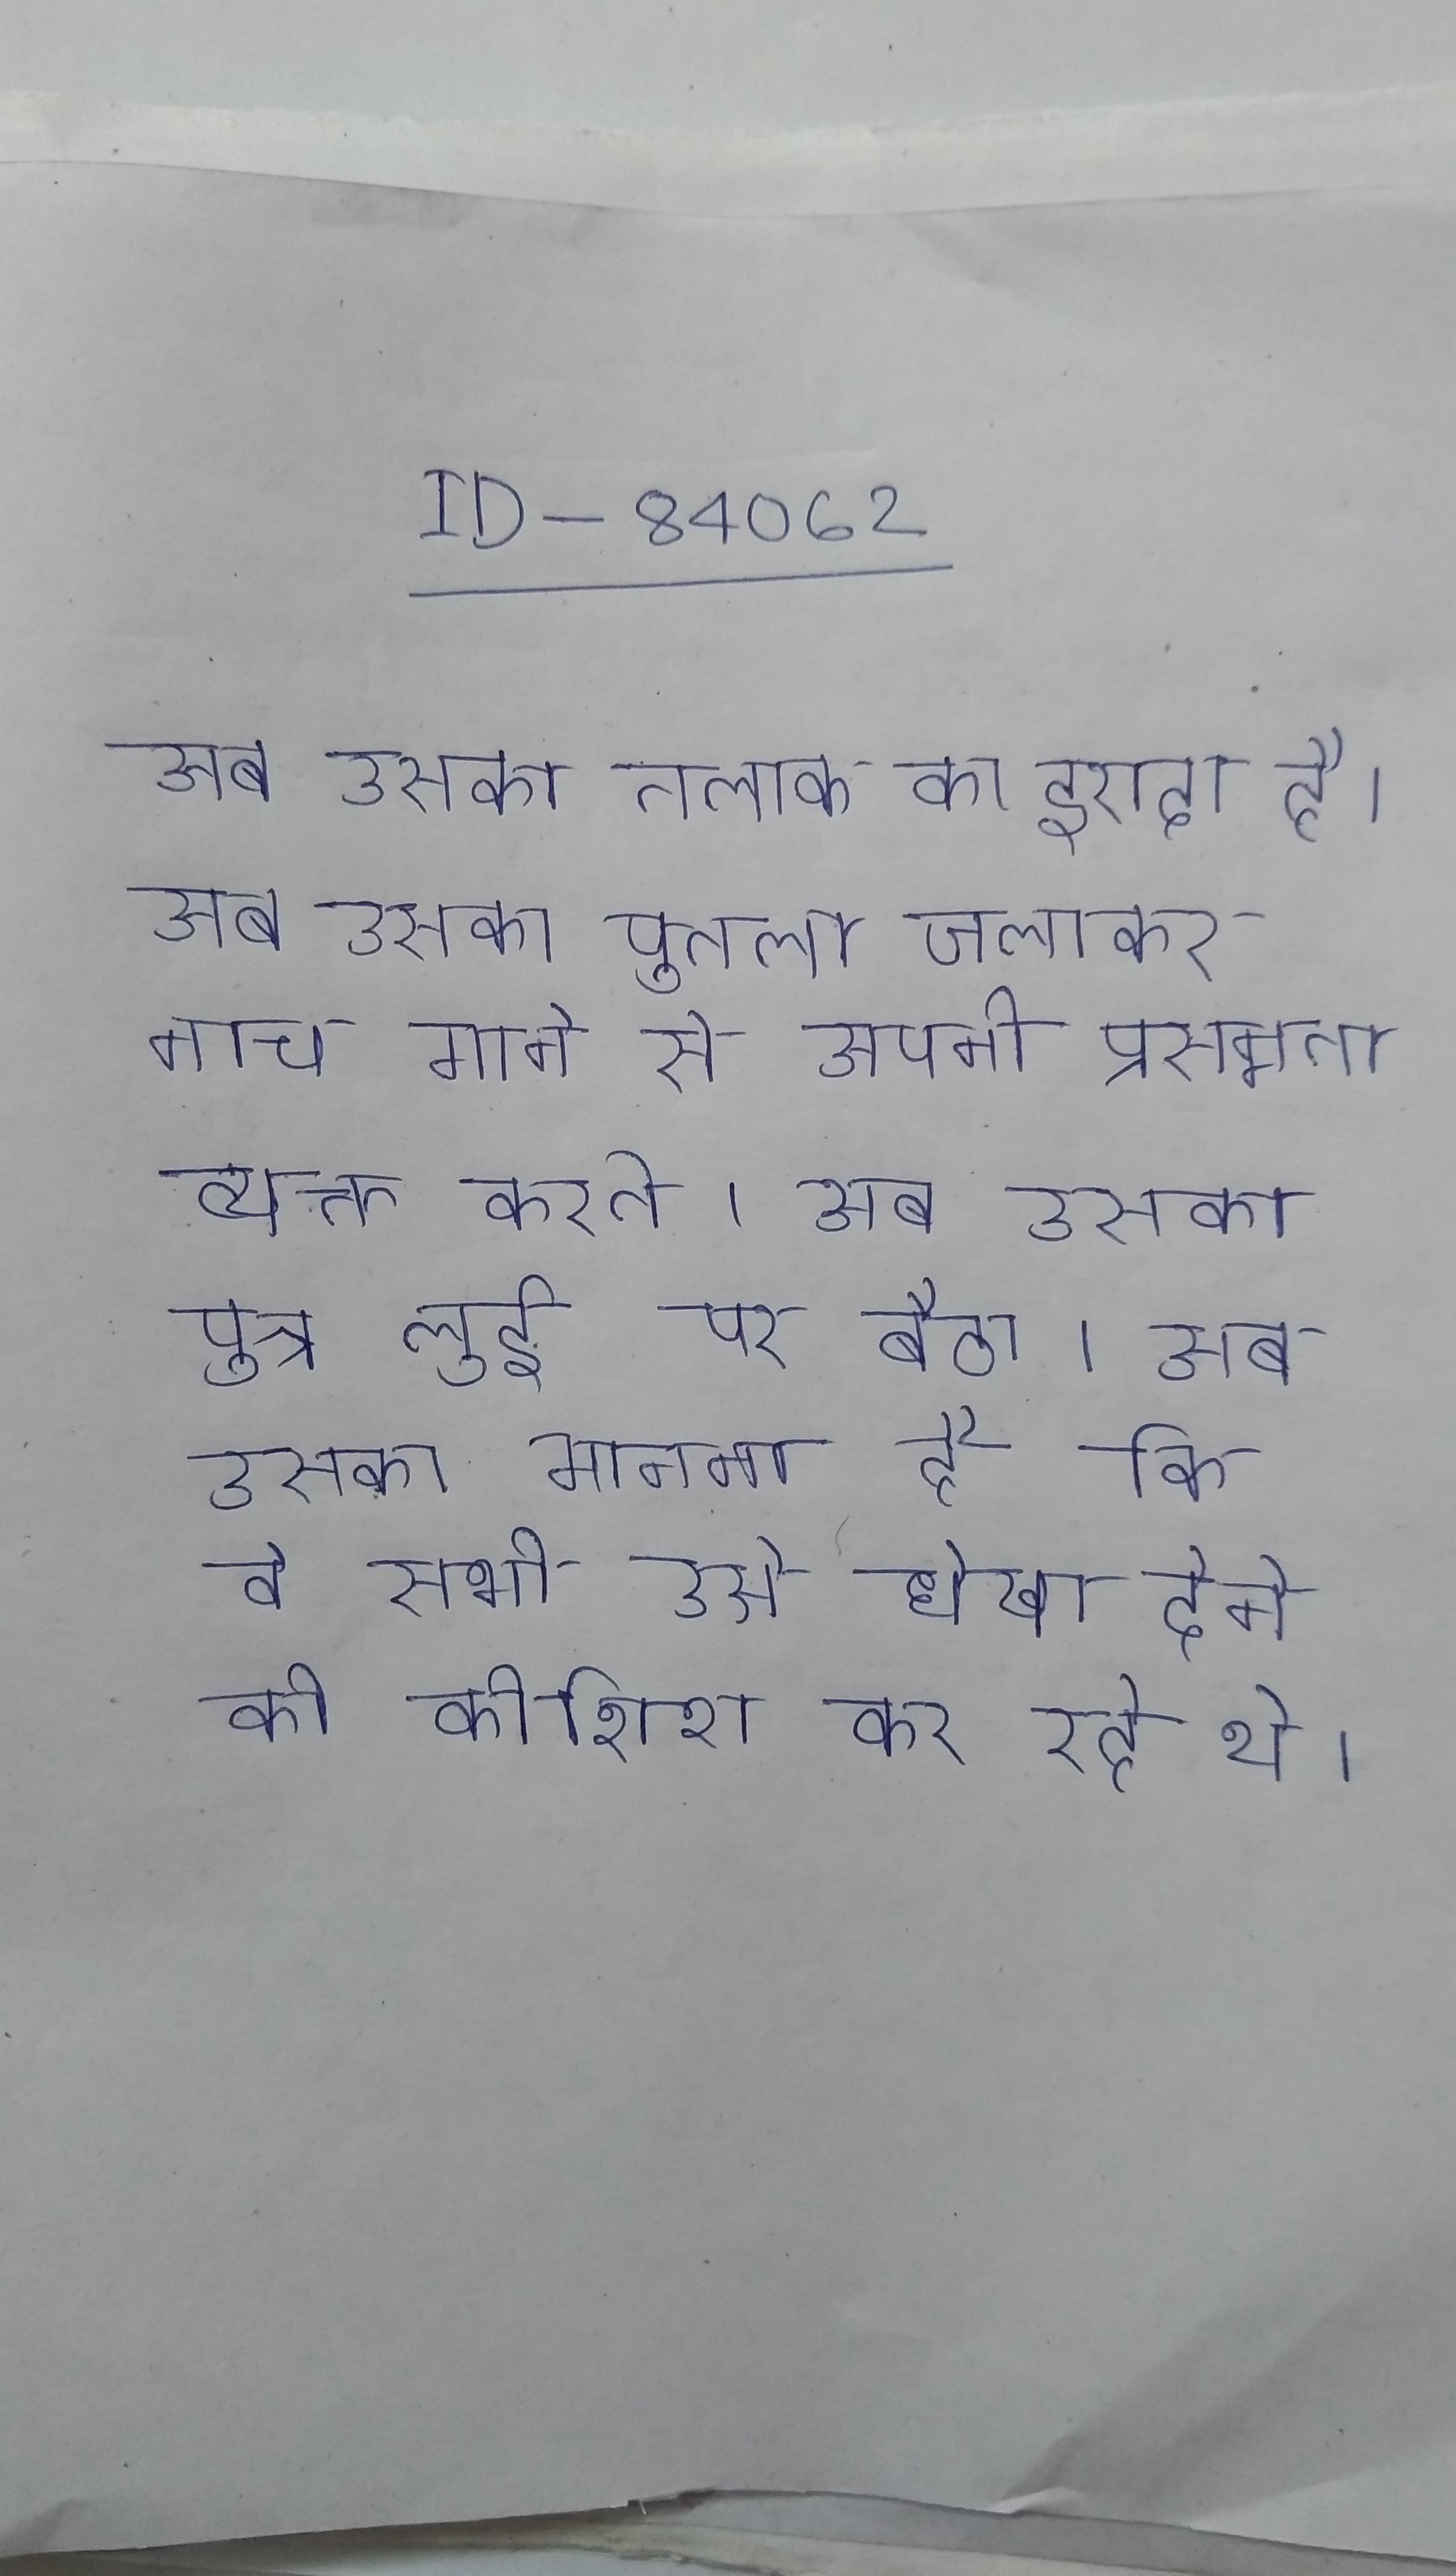
अब उसका तलाक का इरादा है । अब उसका पुतला जलाकर नाच गाने से अपनी प्रसन्नता व्यक्त करते । अब उसका पुत्र लुई पर बैठा । अब उसका मानना है कि वे सभी उसे धोखा देने की कोशिश कर रहे थे ।